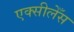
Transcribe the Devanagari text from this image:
एक्सीलेँस